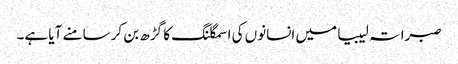
صبراتہ لیبیا میں انسانوں کی اسمگلنگ کا گڑھ بن کر سامنے آیا ہے۔